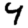
Digit: 4